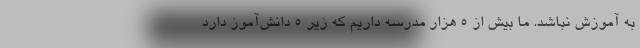
به آموزش نباشد. ما بیش از ۵ هزار مدرسه داریم که زیر ۵ دانش‌آموز دارد